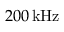
2 0 0 \, \mathrm { k H z }